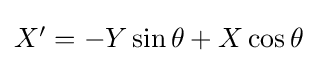
{\textstyle X'=-Y\sin \theta +X\cos \theta }